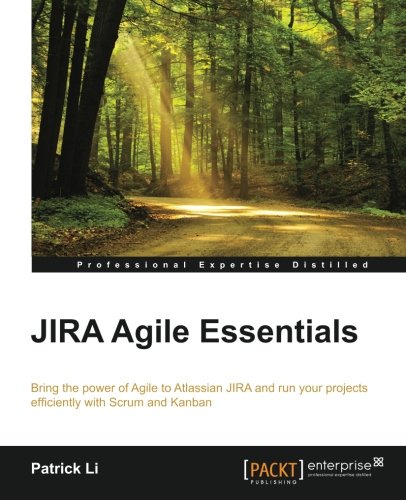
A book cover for JIRA Agile Essentials; Patrick Li; Computers & Technology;